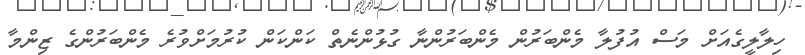
ހިލާލީގެއަށް މަސް އުފުލާ މެންބަރުން މެންބަރުންނާ ގުޅުންނެތް ކަންކަން ކުރުމަށްވުރެ މެންބަރުންގެ ޒިންމާ